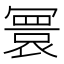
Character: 𫤻